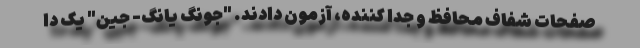
صفحات شفاف محافظ و جدا کننده، آزمون دادند. "جونگ یانگ- جین" یک دا